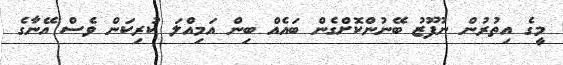
މީގެ އިތުރުން ނުފޫޒު ބޭނުންކޮށްގެން ބައެއް ބިން އަމިއްލަ ކުރިކަން ވެސް އޭނާގެ